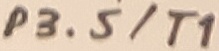
Text: P3.5/T1